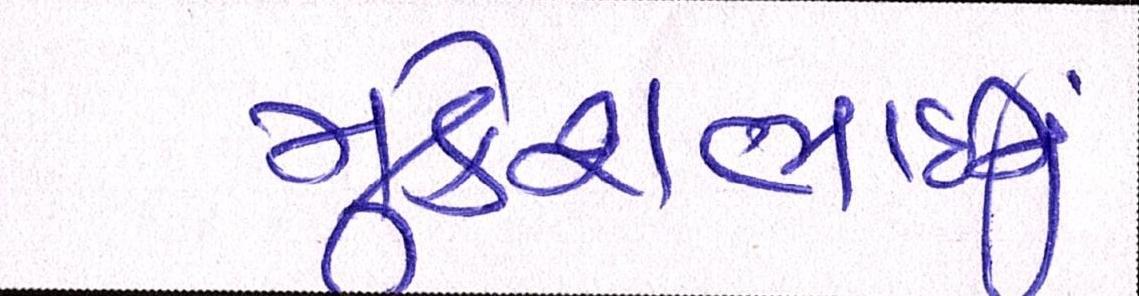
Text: મુકેશભાઈનું